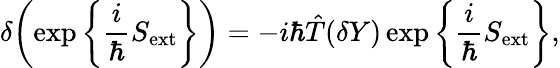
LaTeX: \delta\bigg(\! \exp\bigg\{ \frac{i}{\hbar}S_{\mathrm{ext}}\bigg\} \bigg)=-i\hbar\hat{T}(\delta Y)\exp\bigg\{ \frac{i}{\hbar}S_{\mathrm{ext}}\bigg\} ,